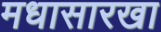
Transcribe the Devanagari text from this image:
मधासारखा